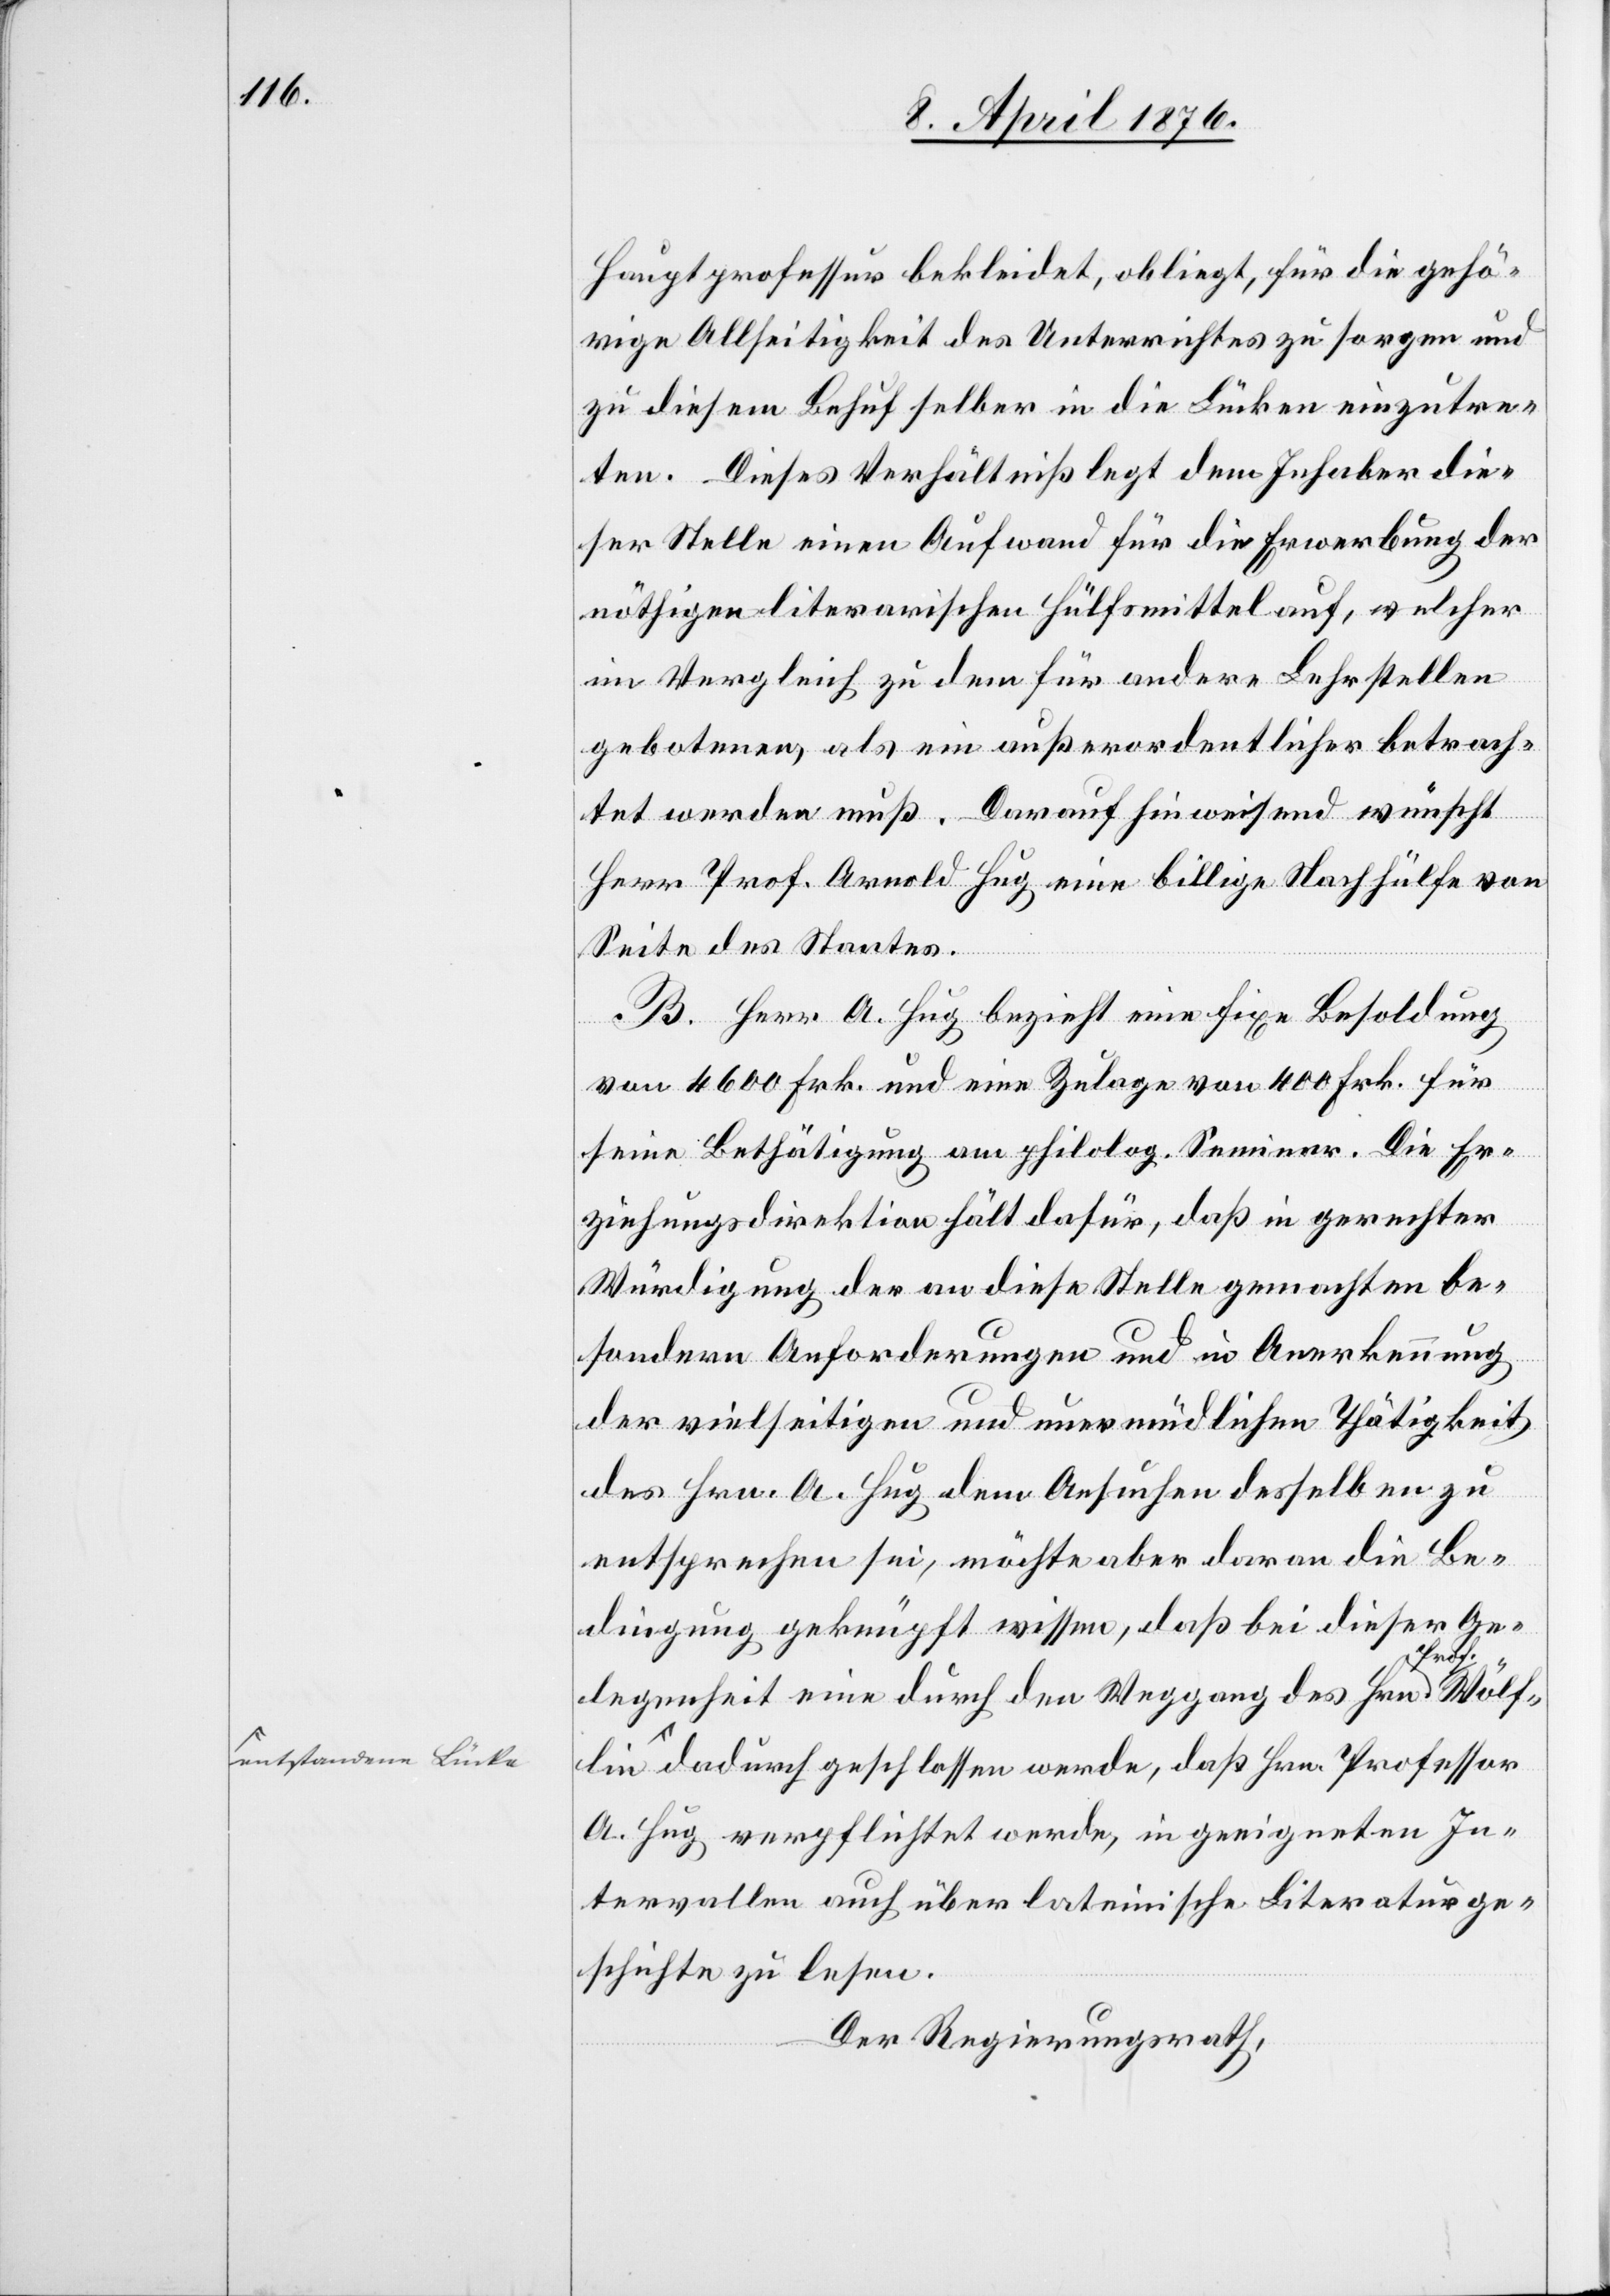
entstandene Lück¬

Hauptprofessur bekleidet, obliegt, für die gehö¬
rige Allseitigkeit des Unterrichtes zu sorgen und
zu diesem Behuf selber in die Lücken einzutre¬
ten. Dieses Verhältniß legt dem Inhaber die¬
ser Stelle einen Aufwand für die Erwerbung der
nöthigen literarischen Hülfsmittel auf, welcher
im Vergleich zu dem für andere Lehrstellen
gebotenen, als ein außerordentlicher betrach¬
tet werden muß. Darauf hinweisend wünscht
Herr Prof. Arnold Hug eine billige Nachhülfe von
Seite des Staates.
B. Herr A. Hug bezieht eine fixe Besoldung
von 4600 Frk. und eine Zulage von 400 Frk. für
seine Bethätigung am philolog. Seminar. Die Er¬
ziehungsdirektion hält dafür, daß in gerechter
Würdigung der an diese Stelle gemachten be¬
sondern Anforderungen und in Anerkennung
der vielseitigen und unermüdlichen Thätigkeit
des Hrn. A. Hug dem Ansuchen desselben zu
entsprechen sei, möchte aber daran die Be¬
dingung geknüpft wissen, daß bei dieser Ge¬
legenheit eine durch den Weggang des Hrn. Prof.
e dadurch geschlossen werde, daß Hrn. Professor
A. Hug verpflichtet werde, in geeigneten In¬
tervallen auch über lateinische Literatur¬
schriften zu lesen.
Der Regierungsrath,